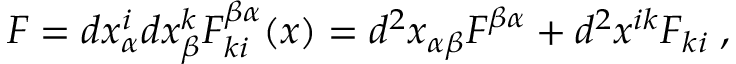
F = d x _ { \alpha } ^ { i } d x _ { \beta } ^ { k } F _ { k i } ^ { \beta \alpha } ( x ) = d ^ { 2 } x _ { \alpha \beta } F ^ { \beta \alpha } + d ^ { 2 } x ^ { i k } F _ { k i } \; ,